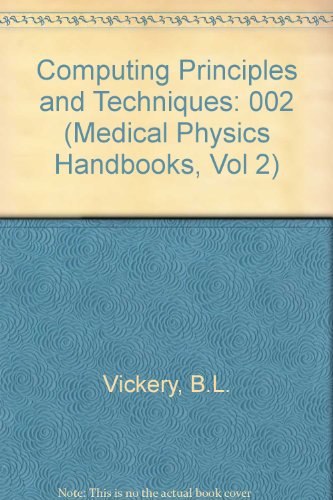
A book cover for Computing Principles and Techniques (Medical Physics Handbooks, Vol 2); Bruce Vickery; Medical Books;